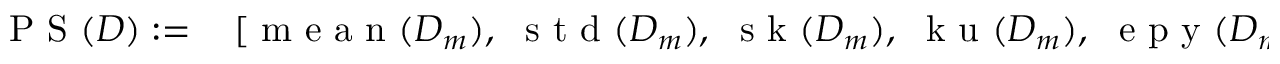
\begin{array} { r l } { \mathrm { ~ P ~ S ~ } ( D ) : = } & { { } \, [ \mathrm { ~ m ~ e ~ a ~ n ~ } ( D _ { m } ) , ~ \mathrm { ~ s ~ t ~ d ~ } ( D _ { m } ) , ~ \mathrm { ~ s ~ k ~ } ( D _ { m } ) , ~ \mathrm { ~ k ~ u ~ } ( D _ { m } ) , ~ \mathrm { ~ e ~ p ~ y ~ } ( D _ { m } ) , } \end{array}